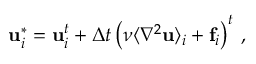
\mathbf { u } _ { i } ^ { * } = \mathbf { u } _ { i } ^ { t } + \Delta t \left( \nu \langle \nabla ^ { 2 } \mathbf { u } \rangle _ { i } + \mathbf { f } _ { i } \right) ^ { t } \, ,